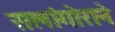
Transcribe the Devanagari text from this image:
सलांगोराने